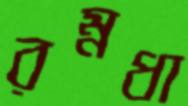
রম্নধা